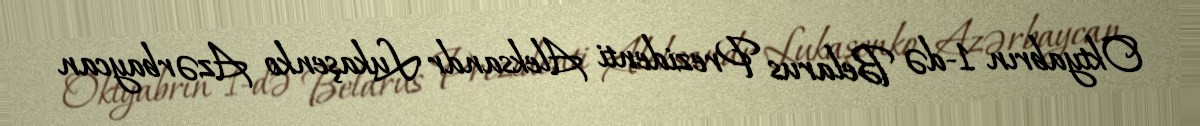
Oktyabrın 1-də Belarus Prezidenti Aleksandr Lukaşenko Azərbaycan